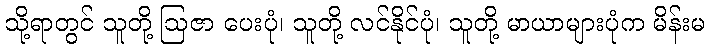
သို့ရာတွင် သူတို့ ဩဇာ ပေးပုံ၊ သူတို့ လင်နိုင်ပုံ၊ သူတို့ မာယာများပုံက မိန်းမ